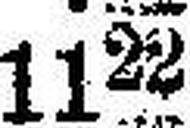
1122